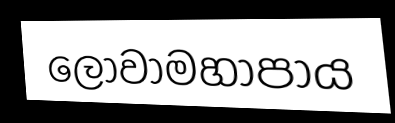
ලෝවාමහාපාය